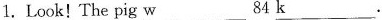
1.Look! The pig w___84k___.